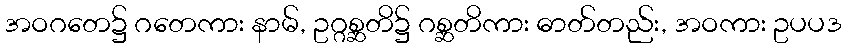
အဝဂတေ၌ ဂတေကား နာမ်, ဥဂ္ဂစ္ဆတိ၌ ဂစ္ဆတိကား ဓာတ်တည်း, အဝကား ဥပပဒ